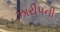
ઝારીપની